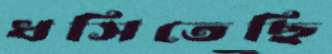
ধসিতেছি